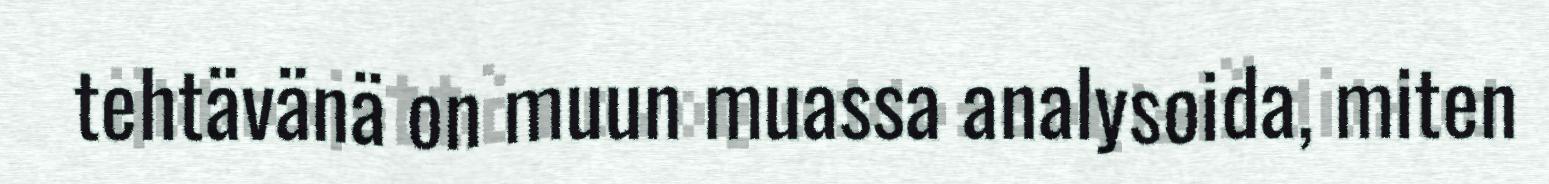
tehtävänä on muun muassa analysoida, miten